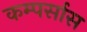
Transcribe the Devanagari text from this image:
कम्पर्सास